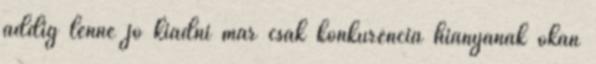
addig lenne jó kiadni már csak konkurencia hiányának okán